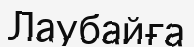
Лаубайға